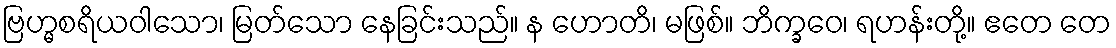
ဗြဟ္မစရိယဝါသော၊ မြတ်သော နေခြင်းသည်။ န ဟောတိ၊ မဖြစ်။ ဘိက္ခဝေ၊ ရဟန်းတို့။ ဧတေ တေ